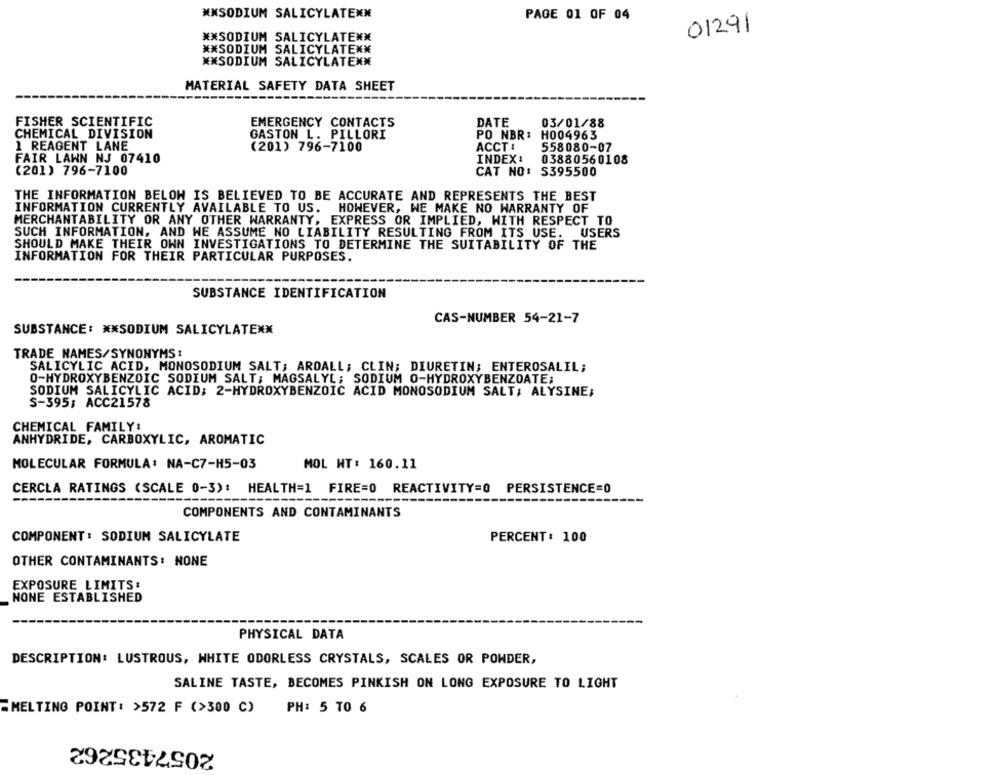
NNSODIUM SALICYLATEKK
PAGE 01 OF 04
01291
** SODIUM SALICYLATEXX
** SODIUM SALICYLATE **
** SODIUM SALICYLATENK
MATERIAL SAFETY DATA SHEET
FISHER SCIENTIFIC
EMERGENCY CONTACTS
DATE
03/01/88
CHEMICAL DIVISION
GASTON L. PILLORI
PO NBR:
H004963
1 REAGENT LANE
(201) 796-7100
ACCT :
558080-07
FAIR LAWN NJ 07410
INDEX:
03880560108
(201) 796-7100
CAT NO: S395500
THE INFORMATION BELOW IS BELIEVED TO BE ACCURATE AND REPRESENTS THE BEST
INFORMATION CURRENTLY AVAILABLE TO US. HOWEVER, WE MAKE NO WARRANTY OF
MERCHANTABILITY OR ANY OTHER WARRANTY, EXPRESS OR IMPLIED, WITH RESPECT TO
SUCH INFORMATION, AND WE ASSUME NO LIABILITY RESULTING FROM ITS USE.
USERS
SHOULD MAKE THEIR OWN INVESTIGATIONS TO DETERMINE THE SUITABILITY OF THE
INFORMATION FOR THEIR PARTICULAR PURPOSES.
SUBSTANCE IDENTIFICATION
CAS-NUMBER 54-21-7
SUBSTANCE: ** SODIUM SALICYLATE **
TRADE NAMES/SYNONYMS :
SALICYLIC ACID, MONOSODIUM SALT; AROALL; CLIN; DIURETIN; ENTEROSALIL;
O-HYDROXYBENZOIC SODIUM SALT; MAGSALYL; SODIUM O-HYDROXYBENZOATE;
SODIUM SALICYLIC ACID; 2-HYDROXYBENZOIC ACID MONOSODIUM SALT; ALYSINE;
S-395; ACC21578
CHEMICAL FAMILY:
ANHYDRIDE, CARBOXYLIC, AROMATIC
MOLECULAR FORMULA: NA-C7-H5-03
MOL NT: 160.11
CERCLA RATINGS (SCALE 0-3): HEALTH=1 FIRE=0 REACTIVITY=0 PERSISTENCE=0
COMPONENTS AND CONTAMINANTS
COMPONENT: SODIUM SALICYLATE
PERCENT: 100
OTHER CONTAMINANTS: NONE
EXPOSURE LIMITS:
NONE ESTABLISHED
PHYSICAL DATA
DESCRIPTION: LUSTROUS, WHITE ODORLESS CRYSTALS, SCALES OR POWDER,
SALINE TASTE, BECOMES PINKISH ON LONG EXPOSURE TO LIGHT
MELTING POINT: >572 F (>300 C) PH: 5 TO 6
2057435262